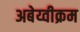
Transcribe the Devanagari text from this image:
अबेय्वीक्रम